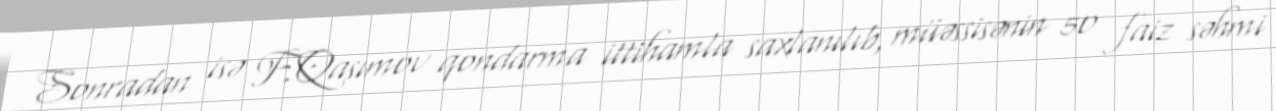
Sonradan isə F.Qasımov qondarma ittihamla saxlanılıb, müəssisənin 50 faiz səhmi